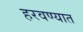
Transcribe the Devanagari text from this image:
हरवण्यात